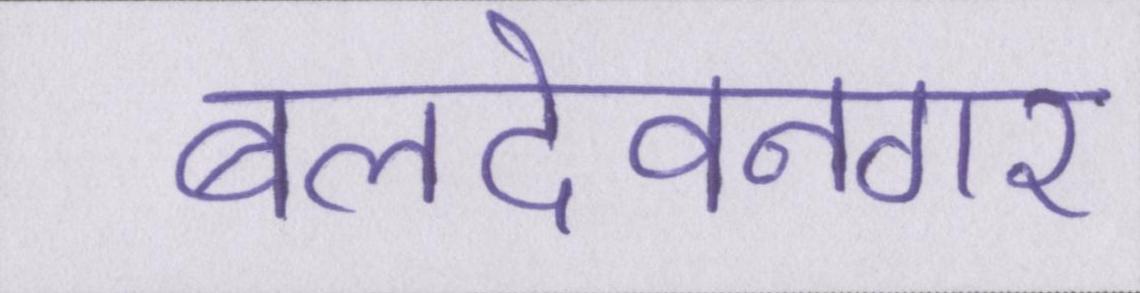
बलदेवनगर